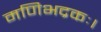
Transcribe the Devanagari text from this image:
मणिभद्रकः।